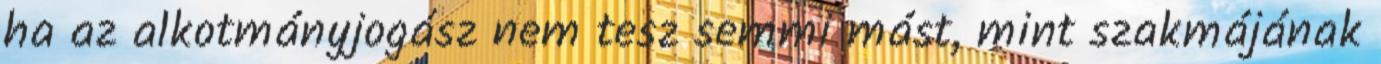
ha az alkotmányjogász nem tesz semmi mást, mint szakmájának